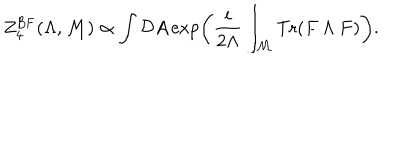
Z _ { 4 } ^ { \mathrm { B F } } ( \Lambda , { \cal M } ) \propto \int { \cal D } A \exp \left( { \frac { i } { 2 \Lambda } } \int _ { \cal M } \mathrm { T r } ( F \wedge F ) \right) .